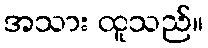
အသား ထူသည်။